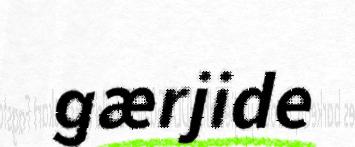
gærjide